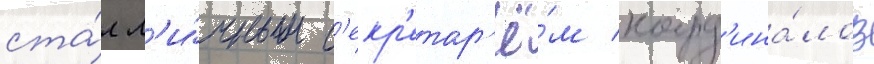
ста́л л'и́чным с'екр'етар'ё́м кард'ина́лов